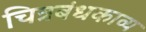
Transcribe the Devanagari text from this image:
चित्रबंधकाव्य